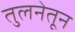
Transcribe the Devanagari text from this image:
तुलनेतून